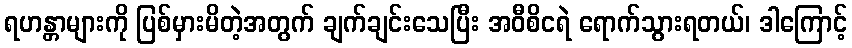
ရဟန္တာများကို ပြစ်မှားမိတဲ့အတွက် ချက်ချင်းသေပြီး အဝီစိငရဲ ရောက်သွားရတယ်၊ ဒါကြောင့်